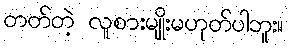
တတ်တဲ့ လူစားမျိုးမဟုတ်ပါဘူး။